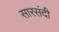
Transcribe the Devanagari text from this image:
सारसंदी